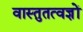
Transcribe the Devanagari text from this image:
वास्तुतत्वज्ञों